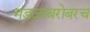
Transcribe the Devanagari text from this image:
मंडळाबरोबरच